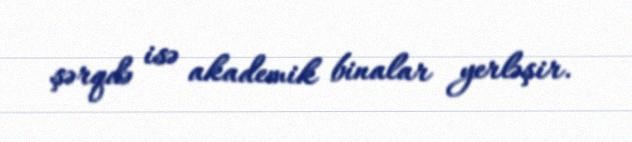
şərqdə isə akademik binalar yerləşir.